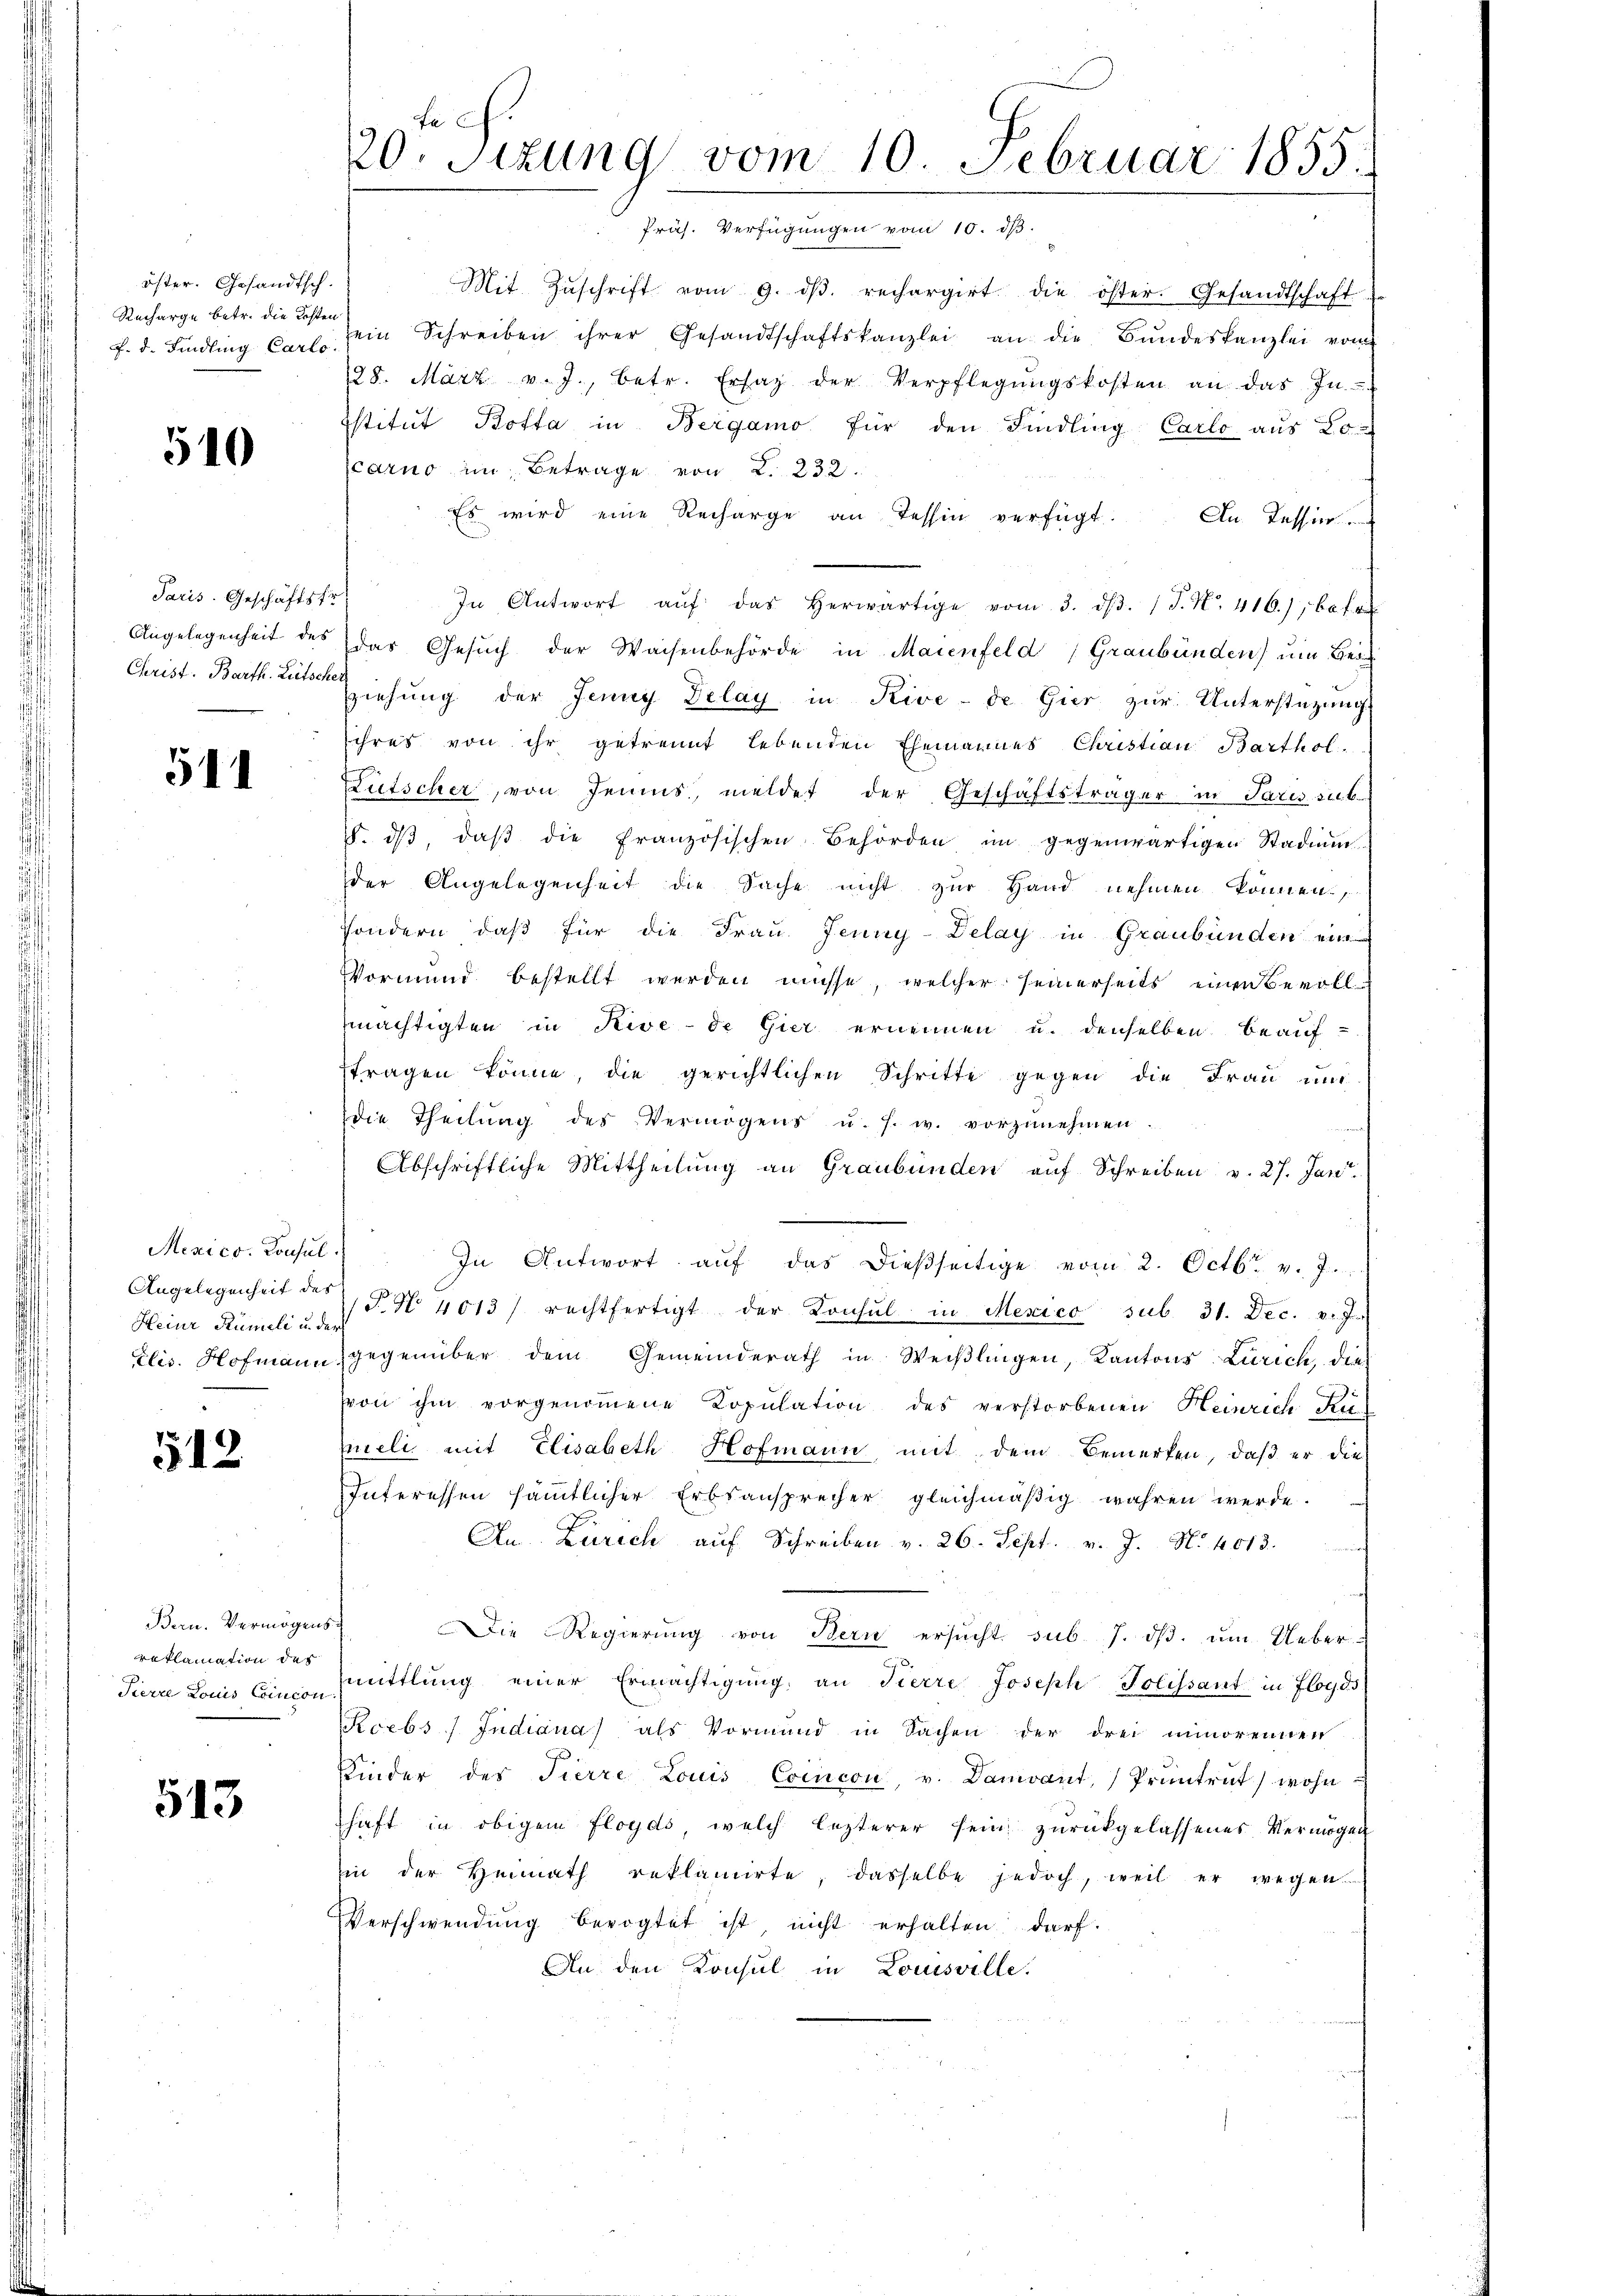
öster. Gesandtsch.
Recharge betr. die Kosten
f. d. Findling Carlo

510

Paris. Geschäftsfr.
Angelegenheit des

511

Mexico. Consul
Angelegenheit des
Heiur Rümeli in der
clis. Hofmann.

512

Bern. Vermögen
reklamation des
Pierre Louis Concon

513

Fa C
20. Sizung vom 10. Februar 1855.

Präs. Verfügungen vom 10. ds.
Mit Zŭschrift vom 9. dβ. rechargirt die öster. Gesandtschaft
ein Schreiben ihrer Gesandtschaftskanzlei an die Bŭndeskanzlei vom
128. März v. J., betr. Ersaz der Verpflegŭngskosten an das In-
Istitut Botta in Bergamo für den Findling Carlo aus 20
carno im Betrage von 2. 232.
Es wird eine Recharge an Tessin verfügt:
An Kession
In Antwort aŭf das herwärtige vom 3. dβ. J. N. 416), betr
das Gesŭch der Waisenbehörde in Maienfeld, Graubünden) um Gesic
Christ. Bart der Eichung der Jenny Delay in Rive- de Gier zur Unterstüzung
ihres von ihr getrennt lebenden Ehemannes Christian Barthol.
Lütscher, von Jenius, meldet der Geschäftsträger in Paris sub-
. dβ, daβ die Französischen Behörden im gegenwärtigen Stadium
der Angelegenheit die Sache nicht zur Hand nehmen können,
sondern, daß für die Frau Jenny-Delay in Graubünden ein
Vormund bestellt werden müsse, welcher seinerseits einen Bevollmächtigten in Rive-de Gier ernennen u. denselben beauftragen könne, die gerichtlichen Schritte gegen die Frau und
die Theilung des Vermögens u. s. w. vorzŭnehmen.
Abschriftliche Mittheilung an Graubünden auf Schreiben v. 27. Jan.
In Antwort auf das dießseitige vom 2. Octbr. v. 7.
T. No. 4013/ rechtfertigt der Consul in Mexico sub 31. Dec. v. J.
gegenüber dem Gemeinderath in Weißlingen, Kantons Zürich, die
von ihm vorgenommene Kopulation des verstorbenen Heinrich Ki
mieli mit Elisabeth Hofmann mit dem Bemerken, daß er die
Interessen sämtlicher Erbsansprecher gleichmäßig wahren werde.
An Zürich aŭf Schreiben v. 26. Sept. v. J. N. 4013.
Die Regierung von Bern ersucht sub. 7. dβ. ŭm Uebermittlung einer Ermächtigŭng an Tierre Joseph Tolissant in Floyds
Rcebs Indiana als Vormund in Sachen der drei unorennen
Kinder des Tierre Louis Concon, v. Danivant, Pruntrut wohn-
haft in obigem Floyds, welch lezterer sein zurückgelassenes Vermögen
in der Heimath reklamirte, dasselbe jedoch, weil er wegen
Verschwendung bevogtet ist, nicht erhalten darf.
An den Konsul in Louisville.